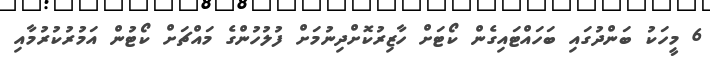
6 މީހަކު ބަންދުގައި ބަހައްޓައިގެން ކޯޓަށް ހާޒިރުކޮށްދިނުމަށް ފުލުހުންގެ މައްޗަށް ކޯޓުން އަމުރުކުރުމާއި